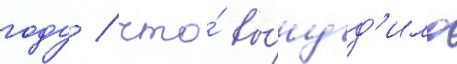
году / что́ вы́нуд'ило